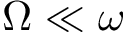
\Omega \ll \omega